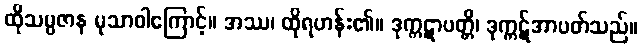
ထိုသမ္ပဇာန မုသာဝါကြောင့်။ အဿ၊ ထိုရဟန်း၏။ ဒုက္ကဋာပတ္တိ၊ ဒုက္ကဋ်အာပတ်သည်။